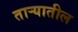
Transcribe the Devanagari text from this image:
तार्‍यातील